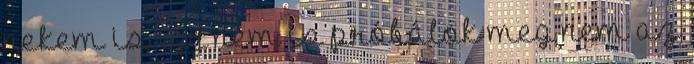
nekem is, így nem is próbálok meg nem az